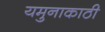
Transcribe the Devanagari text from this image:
यमुनाकाठी